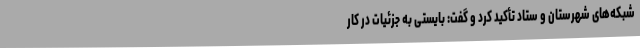
شبکه‌های شهرستان و ستاد تأکید کرد و گفت: بایستی به جزئیات در کار